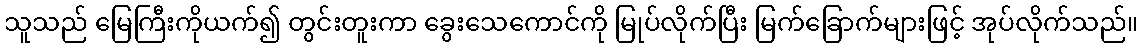
သူသည် မြေကြီးကိုယက်၍ တွင်းတူးကာ ခွေးသေကောင်ကို မြုပ်လိုက်ပြီး မြက်ခြောက်များဖြင့် အုပ်လိုက်သည်။